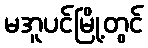
မအူပင်မြို့တွင်